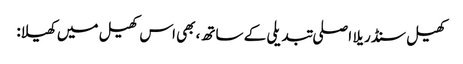
کھیل سنڈریلا اصلی تبدیلی کے ساتھ، بھی اس کھیل میں کھیلا: